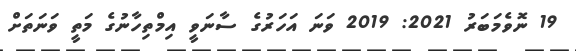
19 ނޮވެމަބަރު 2021: 2019 ވަނަ އަހަރުގެެ ސާނަވީ އިމްތިހާނުގެ މަތީ ވަނަތަށް